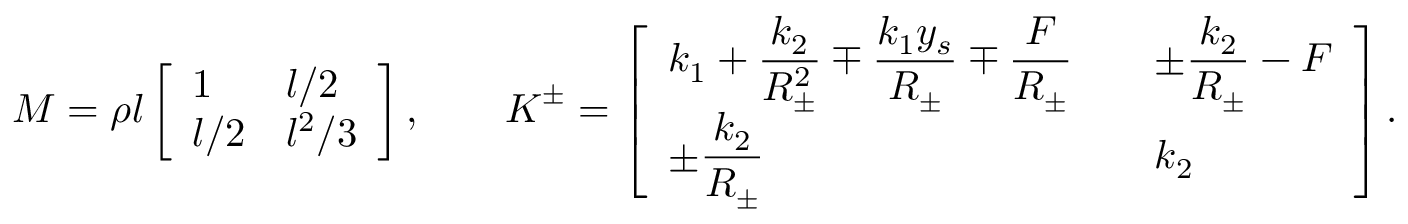
\boldsymbol { M } = \rho l \left[ \begin{array} { l l } { 1 } & { l / 2 } \\ { l / 2 } & { l ^ { 2 } / 3 } \end{array} \right] , \qquad \boldsymbol { K } ^ { \pm } = \left[ \begin{array} { l l } { \displaystyle k _ { 1 } + \frac { k _ { 2 } } { R _ { \pm } ^ { 2 } } \mp \frac { k _ { 1 } y _ { s } } { R _ { \pm } } \mp \frac { F } { R _ { \pm } } \quad } & { \displaystyle \pm \frac { k _ { 2 } } { R _ { \pm } } - F } \\ { \displaystyle \pm \frac { k _ { 2 } } { R _ { \pm } } } & { k _ { 2 } } \end{array} \right] .